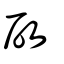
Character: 启